Annual report of the Punjab Veterinary College and of the Civil Veterinary Department, Punjab - 1926-1932
Year: 1926
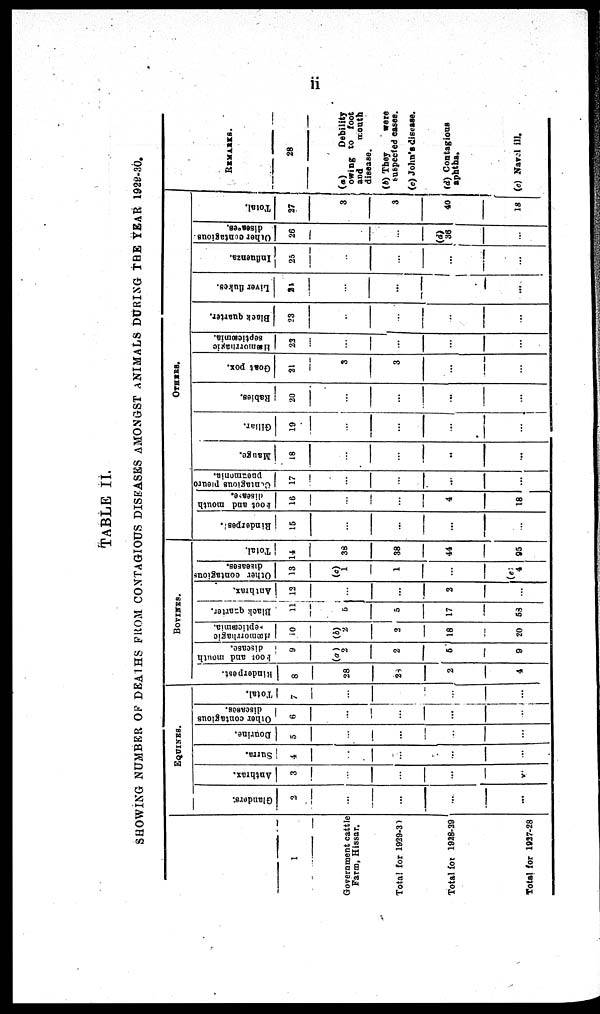
ii
TABLE II.
SHOWING NUMBER OK DEATHS FROM CONTAGIOUS DISEASES AMONGST ANIMALS DURING THE YEAR 1929-30.
1
Government cattle
Farm, Hissar.
Total for 1929-30
Total for 1928-29
Total for 1927-28
EQUINES.
Glanders.
2
…
…
…
…
Anthrax.
3
…
…
…
…
Surra.
4
…
…
…
…
Dourine.
5
…
…
…
…
Other contagious
diseases.
6
…
…
…
…
Total.
7
…
…
…
BOVINES.
Rinderpest.
8
28
28
2
4
Foot
and mouth
disease.
9
(a)
2
2
5
9
Hæmorrliagic
Septicæmia.
10
(b)
2
2
18
20
Black quarter.
11
5
5
17
53
Anthrax.
12
…
...
2
…
Other contagious
diseases.
13
(c)
1
1
…
(e)
4
Total.
14
38
38
44
95
OTHERS.
Rinderpest.
15
…
…
…
…
Foot
and mouth
disease.
16
…
…
4
18
Contagious pieuro
pneumonia.
17
…
…
…
…
Mauge.
18
…
…
…
…
Gillar.
19
…
…
…
…
Rabies.
20
…
…
…
…
Goat pox.
21
3
3
…
…
Hæmorrliagic
septicæmia.
23
…
…
…
…
Block quarter.
23
…
...
…
…
Liver flukes.
21
…
...
…
…
Influenza.
25
…
…
…
…
Other contagious
diseases.
26
…
(d)
36
…
Total.
27
3
3
40
18
REMARKS.
28
(a)
Debility
owing to foot
and mouth
disease.
(b) They
were
suspected cases.
(c) John's disease.
(d) Contagious
aphtha.
(e) Navel ill.